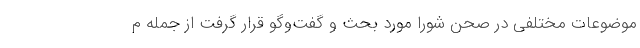
موضوعات مختلفی در صحن شورا مورد بحث و گفت‌وگو قرار گرفت از جمله م